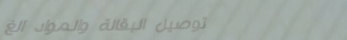
توصيل البقالة والمواد الغ